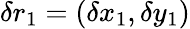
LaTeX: \delta r_{1}=(\delta x_{1},\delta y_{1})